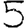
Digit: 5